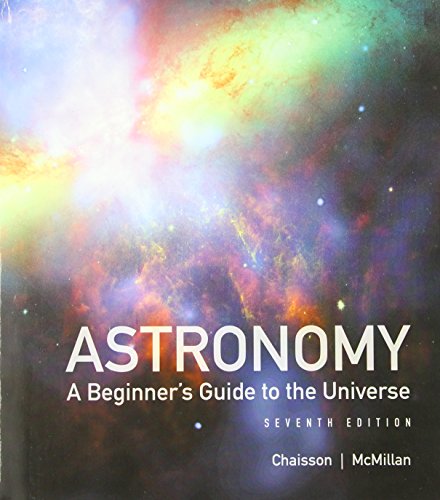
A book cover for Astronomy: A Beginner's Guide to the Universe Plus MasteringAstronomy with eText -- Access Card Package (7th Edition); Eric Chaisson; Science & Math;